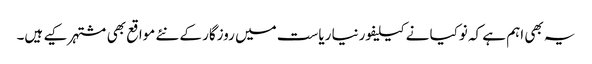
یہ بھی اہم ہے کہ نوکیا نے کیلیفورنیا ریاست میں روزگار کے نئے مواقع بھی مشتہر کیے ہیں۔